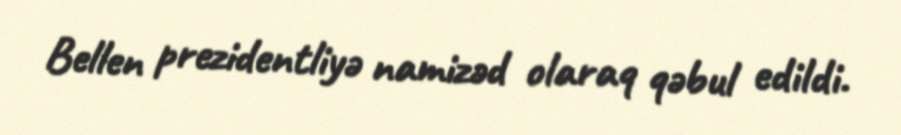
Bellen prezidentliyə namizəd olaraq qəbul edildi.